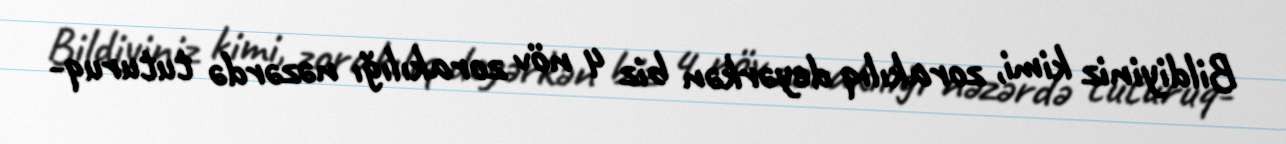
Bildiyiniz kimi, zorakılıq deyərkən biz 4 növ zorakılığı nəzərdə tuturuq-